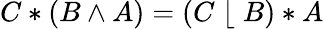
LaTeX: C*(B\wedge A)=(C\; \lfloor\; B)*A